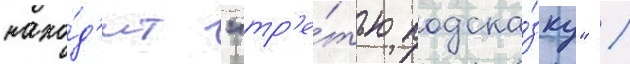
нахо́д'ит "тр'е́тью подска́зку" /